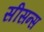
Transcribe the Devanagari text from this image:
सीसन्स